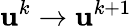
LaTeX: \mathbf{u}^{k}\rightarrow\mathbf{u}^{k+1}